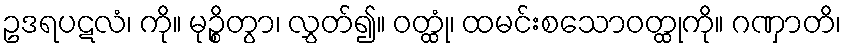
ဥဒရပဋလံ၊ ကို။ မုဉ္စိတွာ၊ လွှတ်၍။ ဝတ္ထုံ၊ ထမင်းစသောဝတ္ထုကို။ ဂဏှာတိ၊